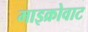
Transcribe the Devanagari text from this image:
माइक्रोवाट